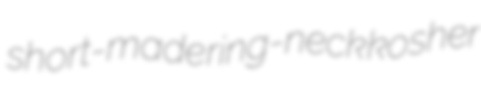
short-made ring-neck kosher